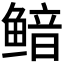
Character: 鿷